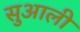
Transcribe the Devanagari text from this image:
सुआली